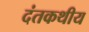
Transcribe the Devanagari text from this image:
दंतकथीय